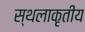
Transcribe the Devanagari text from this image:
स्थलाकृतीय